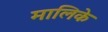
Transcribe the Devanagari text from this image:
मालिके